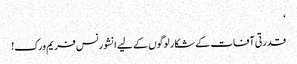
‘
قدرتی آفات کے شکار لوگوں کے لیے انشورنس فریم ورک!